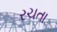
રચતા